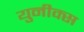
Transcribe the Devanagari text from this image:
युनीक्स